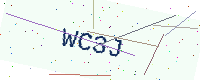
Text: WC3J